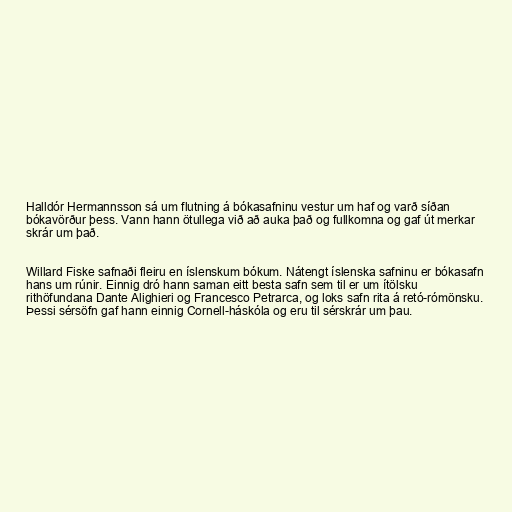
Halldór Hermannsson sá um flutning á bókasafninu vestur um haf og varð síðan
bókavörður þess. Vann hann ötullega við að auka það og fullkomna og gaf út merkar
skrár um það.

Willard Fiske safnaði fleiru en íslenskum bókum. Nátengt íslenska safninu er bókasafn
hans um rúnir. Einnig dró hann saman eitt besta safn sem til er um ítölsku
rithöfundana Dante Alighieri og Francesco Petrarca, og loks safn rita á retó-rómönsku.
Þessi sérsöfn gaf hann einnig Cornell-háskóla og eru til sérskrár um þau.